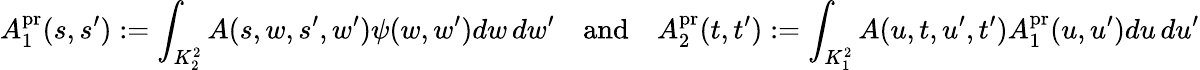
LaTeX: A_{1}^{\mathrm{pr}}(s,s^{\prime}):=\int_{K_{2}^{2}}A(s,w,s^{\prime},w^{\prime})\psi(w,w^{\prime})dw\, dw^{\prime}\quad\textnormal{and}\quad A_{2}^{\mathrm{pr}}(t,t^{\prime}):=\int_{K_{1}^{2}}A(u,t,u^{\prime},t^{\prime})A_{1}^{\mathrm{pr}}(u,u^{\prime})du\, du^{\prime}